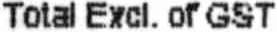
TOTAL EXCL. OF GST